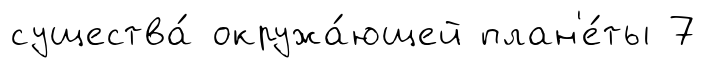
существа́ окружа́ющей план'е́ты 7